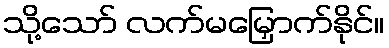
သို့သော် လက်မမြှောက်နိုင်။